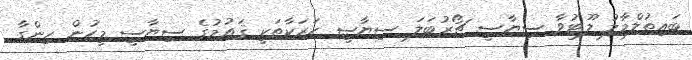
ބައިތުލްމާލު ލޫޓުވާ ސިޔާސީ ޗޯރުބަލަ ސިޔާސީ ހަރަކާތަކީ ޤައުމުގެ ސިޔާސީ މީހުން ހިންގާ